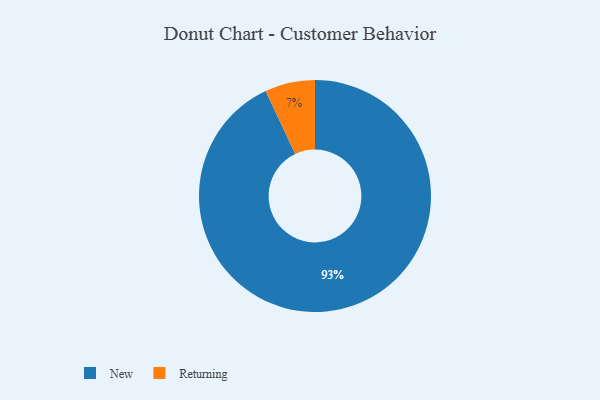
{"axis": {"x": "Category", "y": "Percentage"}, "legend": ["New", "Returning"], "data": [{"x": "Returning", "y": 7, "type": "Returning"}, {"x": "New", "y": 93, "type": "New"}]}